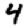
Digit: 4